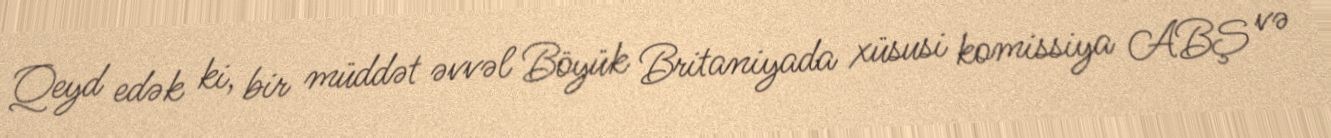
Qeyd edək ki, bir müddət əvvəl Böyük Britaniyada xüsusi komissiya ABŞ və